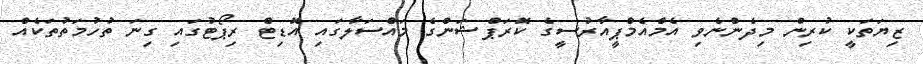
ޒިޔަތަކީ ކުރިން މިދެންނެވި އެމްއެމްޕީއާރުސީގެ ކޮރަޕްޝަންގެ މައްސަލާގައި އޮޑިޓް ރިޕޯޓުގައި ގިނަ ތުހުމަތުތަކެއް